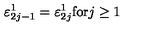
\varepsilon _ { 2 j - 1 } ^ { 1 } = \varepsilon _ { 2 j } ^ { 1 } \mathrm { f o r } j \geq 1